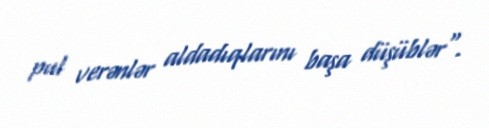
pul verənlər aldadıqlarını başa düşüblər".